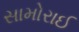
સામોરાઈ